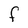
Character: F